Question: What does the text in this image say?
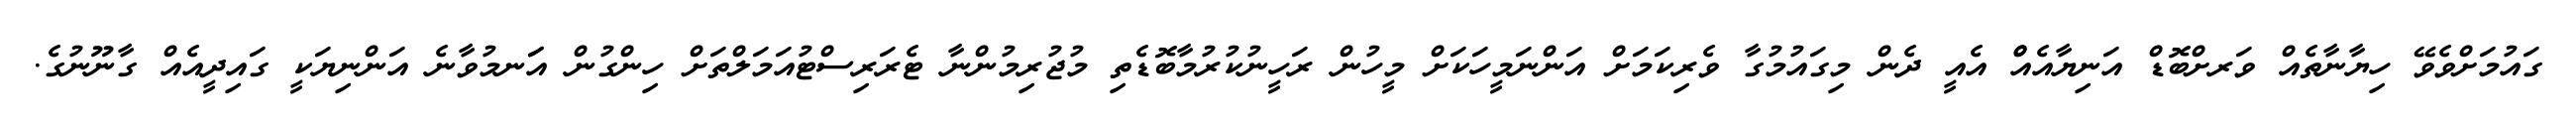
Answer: ގައުމަށްވެވޭ ހިޔާނާތެއް ވަރށްބޮޑް އަނިޔާއެއްް އެއީ ދެން މިގައުމުގާ ވެރިކަމަށް އަންނަމީހަކަށް މީހުން ރަހީނުކުރުމާބޮޑެތި މުޖުރިމުންނާ ޓެރަރިސްޓުއަމަލްތަށް ހިންގުން އަަނމުވާނެ އަންނިޔަކީ ގައިދީއެއް ގާނޫނުގެ.